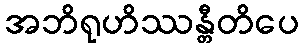
အဘိရုဟိဿန္တီတိပေ